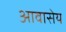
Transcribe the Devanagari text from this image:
आवासेय